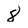
Character: 8